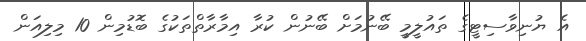
އެ ޔުނިވާސިޓީގެ ތައުލީމީ ބޭނުމަށް ބޭނުން ކުރާ އިމާރާތްތަކުގެ ބޮޑުމިން 10 މިލިއަން